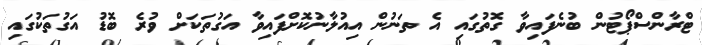
ޓްރާންސްޕޯޓުން ބުނެފައިވާ ގޮތުގައި އެ ތަނުން އިއުލާނުކޮށްފައިވާ އަގުތަކަށް ވުރެ ބޮޑު އަގުތަކުގައި